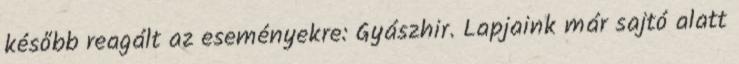
később reagált az eseményekre: Gyászhir. Lapjaink már sajtó alatt